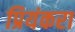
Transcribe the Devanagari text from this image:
प्रियंकरा